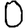
Digit: 0